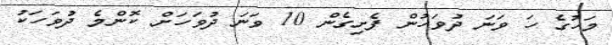
މަހުގެ ހަ ވަނަ ދުވަހުން ފެށިގެން 10 ވަނަ ދުވަހަށް ކޮންމެ ދުވަހަކު